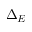
\Delta _ { E }